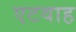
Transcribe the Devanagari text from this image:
एटवाह